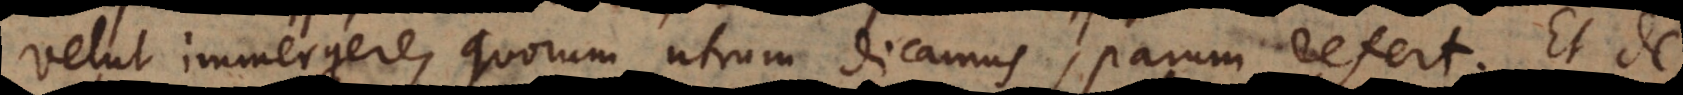
velut immergere, quorum utrum dicamus, parum refert. Et de